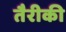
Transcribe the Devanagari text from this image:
तैरीकी